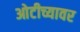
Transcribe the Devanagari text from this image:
ओटीच्यावर